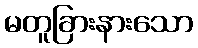
မတူခြားနားသော